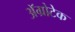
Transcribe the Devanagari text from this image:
अॅग्रोटेक